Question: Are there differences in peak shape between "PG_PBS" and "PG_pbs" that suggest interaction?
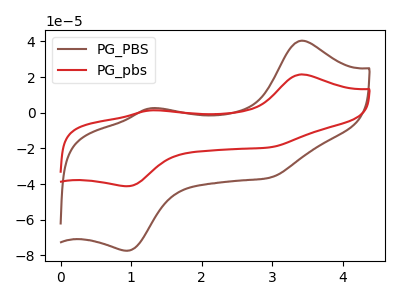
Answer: <think>The brown curve "PG_PBS" has anodic peaks at (3.40V, 40.40uA) (1.25V, 2.45uA) and cathodic peaks at (0.95V, -77.35uA) (2.95V, -36.45uA). The red curve "PG_pbs" has anodic peaks at (3.40V, 21.50uA) (1.25V, 1.30uA) and cathodic peaks at (0.95V, -41.15uA) (2.95V, -19.40uA).
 All the peaks in "PG_PBS" have a peak in "PG_pbs" at the same potential. Every peak in "PG_PBS" is higher than every peak in "PG_pbs".</think>
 <answer>No, "PG_PBS" and "PG_pbs" don't appear to be significantly different in shape</answer>
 <eval>no_change</eval>